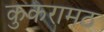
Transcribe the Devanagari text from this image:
कुकरामठ